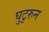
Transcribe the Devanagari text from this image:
घुटुरुन